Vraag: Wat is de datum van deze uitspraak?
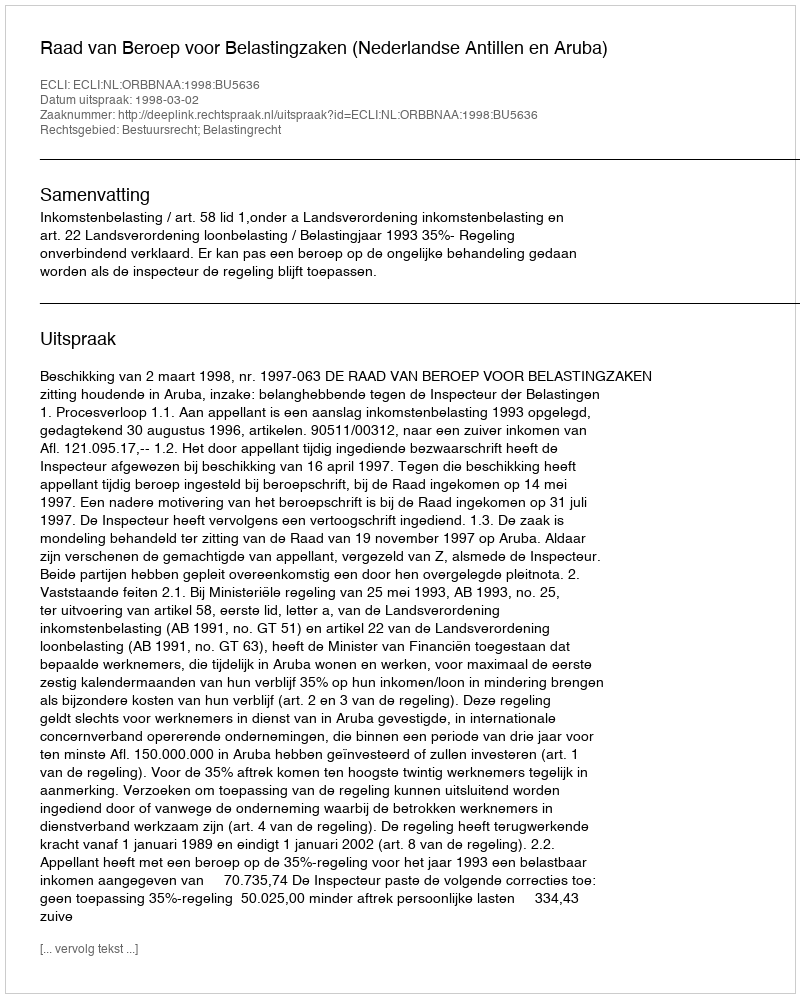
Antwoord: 1998-03-02